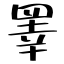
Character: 睪